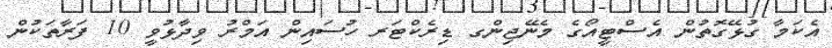
އެކަމާ ގުޅޭގޮތުން އެސްޓީއޯގެ މެނޭޖިންގ ޑިރެކްޓަރ ހުސައިން އަމްރު ވިދާޅުވީ 10 ފަރާތަކުން